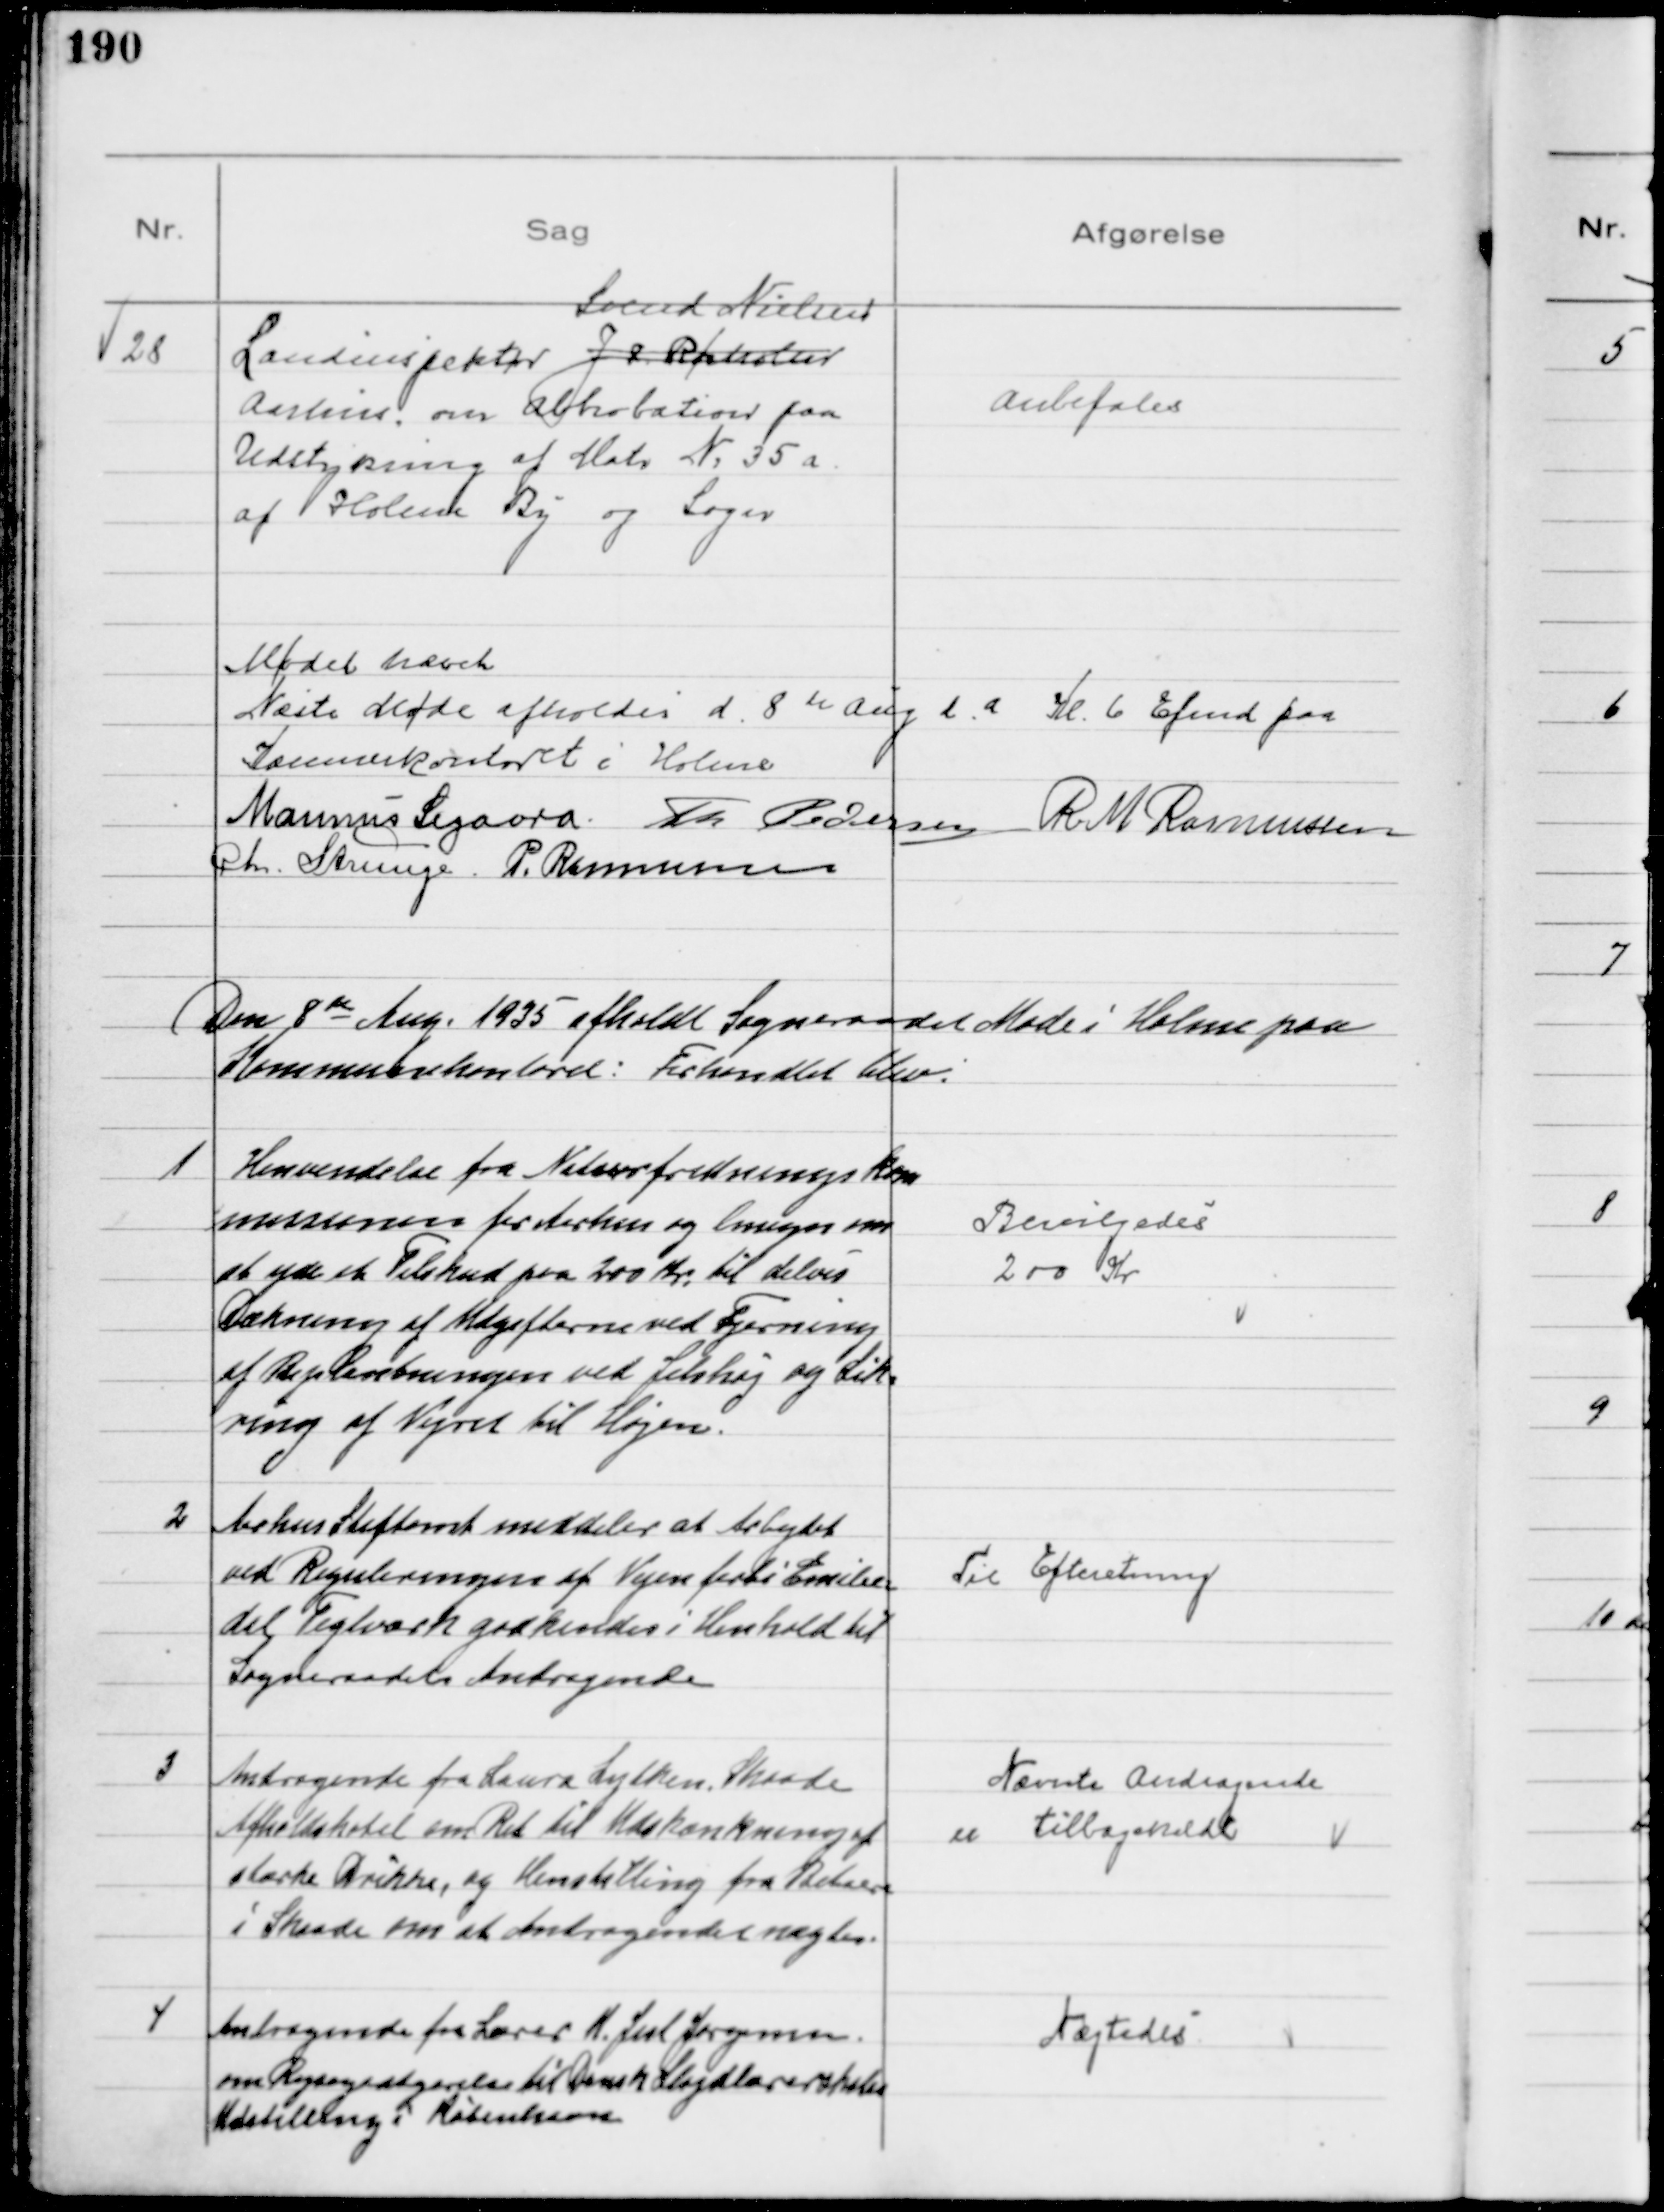
Transskription:
28 
Landinspektør J. P. Rørholm
Svend Nielsen
Aarhus, om abbrobation paa
Udstykning af Matr № 35 a
af Holme By og Sogn

Anbefales

Mødet hævet
Næste Møde afholdes d. 8de Aug d. a Kl. 6 Efmd paa
Kæmnerkontoret i Holme
Marinus Sigaard Th Pedersen R M Rasmussen
Chr. Strunge P. Rasmussen

Den 8de Aug. 1935 afholdt Sogneraadet Møde i Holme paa
Kommunekontoret: Forhandlet blev:

1
Henvendelse fra Naturfredningskom
missionen for Aarhus og Omegn om
at yde et Tilskud paa 200 Kr. til delvis
Dækning af Udgifterne ved Fjerning
af Beplantningen ved Jelshøj og Sik=
ring af Vejret til Højen.

Bevilgedes
200 Kr

2
Aarhus Stiftamt meddeler at Arbejdet
ved Reguleringen af Vejen forbi Emilie=
dal Teglværk godkendes i Henhold til
Sogneraadets Andragende

Til Efteretning

3
Andragende fra Laura Lytken, Skaade
Afholdshotel om Ret til Udskænkning af
stærke Drikke, og Henstilling fra Beboere
i Skaade om at Andragendet nægtes.

Nævnte Andragende
er tilbagekaldt

4
Andragende fra Lærer K. Jul Jørgensen
om Rejsegodtgørelse til Dansk Sløjdlærerskoles
Udstilling i København

Nægtedes